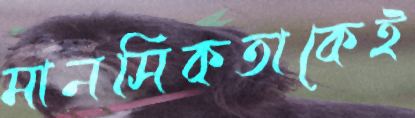
মানসিকতাকেই